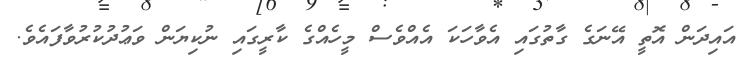
އައިދަން އޮތީ އޭނަގެ ގާތުގައި އެވާހަކަ އެއްވެސް މީހެއްގެ ކާރީގައި ނުކިޔަން ވަޢުދުކުރުވާފައެވެ.